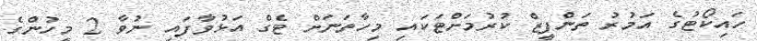
ހައިކޯޓުގެ އަމުރު ތަންފީޒް ކުރުމަށްޓަކައި މިހާތަނަށް ޓެގް އަޅުވާފައި ނުވާ 2 މީހުންގެ